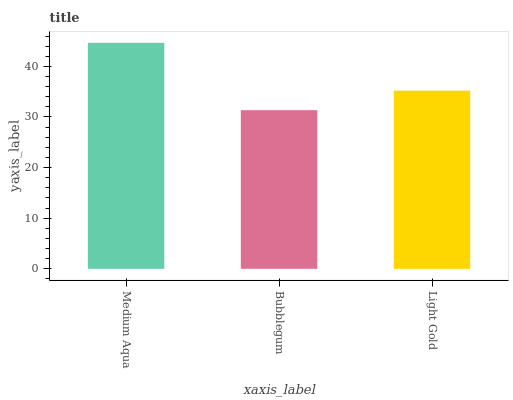
| xaxis_label | bars |
 | --- | --- |
 | Medium Aqua | 44.7 |
 | Bubblegum | 31.4 |
 | Light Gold | 35.2 |